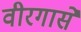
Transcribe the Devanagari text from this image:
वीरगासे